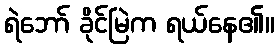
ရဲဘော် ခိုင်မြဲက ရယ်နေ၏။